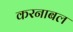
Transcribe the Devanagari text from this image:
करनाबल